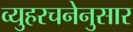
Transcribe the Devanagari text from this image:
व्युहरचनेनुसार